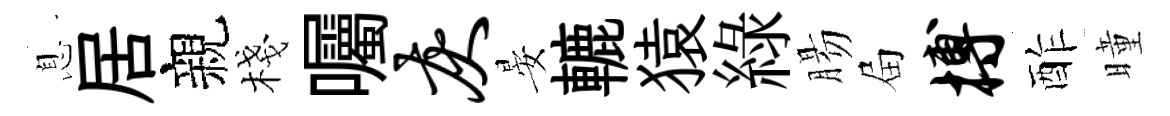
息居親棧囑灰晏轆猿綠腸屇搏酢曈